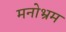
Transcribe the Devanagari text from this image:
मनोभ्रम